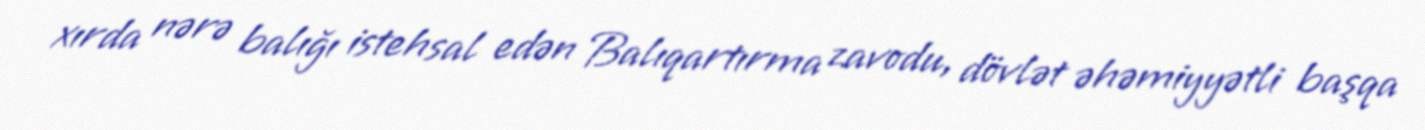
xırda nərə balığı istehsal edən Balıqartırma zavodu, dövlət əhəmiyyətli başqa